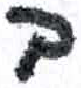
אות: ב